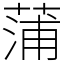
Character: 蒲